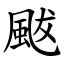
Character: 颰